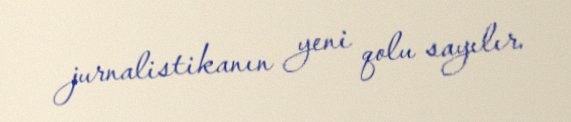
jurnalistikanın yeni qolu sayılır.